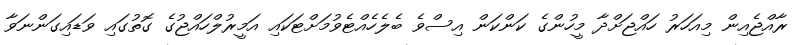
ރާއްޖެއިން މިއަހަރު ހައްޖަށްދާ މީހުންގެ ކަންކަން އިސްވެ ބެލެހެއްޓެވުމަށްޓަކައި އަމީރުލްހައްޖުގެ ގޮތުގައި ވަޑައިގަންނަވާ